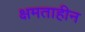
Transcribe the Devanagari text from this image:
क्षमताहीन